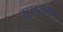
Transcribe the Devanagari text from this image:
ऱ्हस्वस्वरान्त